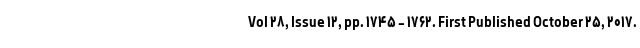
Vol ۲۸, Issue ۱۲, pp. ۱۷۴۵ - ۱۷۶۲. First Published October ۲۵, ۲۰۱۷.